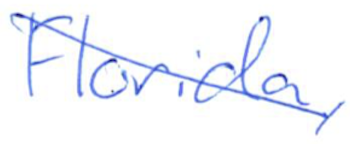
Text: Florida,
Cross-out: diagonal
Writing tool: ballpoint